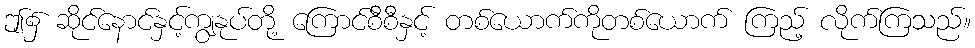
ဤ၌ ဆိုင်နောင်နှင့်ကျွနုပ်တို့ ကြောင်စီစီနှင့် တစ်ယောက်ကိုတစ်ယောက် ကြည့် လိုက်ကြသည်။